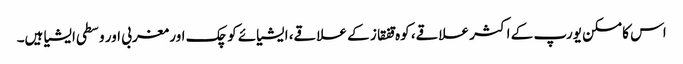
اس کا مسکن یورپ کے اکثر علاقے، کوہ قفقاز کے علاقے، ایشیائے کوچک اور مغربی اور وسطی ایشیا ہیں۔